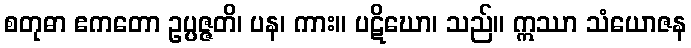
စတုဓာ ဧကတော ဥပ္ပဇ္ဇတိ၊ ပန၊ ကား။ ပဋိဃော၊ သည်။ ဣဿာ သံယောဇန